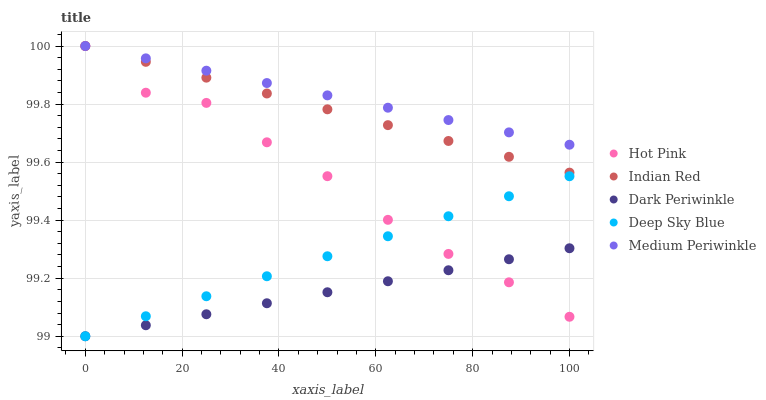
| xaxis_label | Hot Pink | Indian Red | Dark Periwinkle | Deep Sky Blue | Medium Periwinkle |
 | --- | --- | --- | --- | --- | --- |
 | 0 | 100 | 100 | 99 | 99 | 100 |
 | 12.5 | 99.8 | 99.9 | 99 | 99.1 | 100 |
 | 25 | 99.8 | 99.9 | 99.1 | 99.1 | 99.9 |
 | 37.5 | 99.7 | 99.8 | 99.1 | 99.2 | 99.9 |
 | 50 | 99.6 | 99.8 | 99.2 | 99.3 | 99.8 |
 | 62.5 | 99.4 | 99.7 | 99.2 | 99.3 | 99.8 |
 | 75 | 99.3 | 99.7 | 99.2 | 99.4 | 99.7 |
 | 87.5 | 99.2 | 99.6 | 99.3 | 99.5 | 99.7 |
 | 100 | 99.1 | 99.6 | 99.3 | 99.6 | 99.7 |